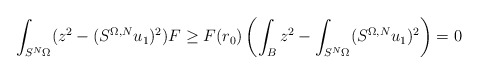
\begin{align*}\int_{S^N \Omega} (z^2 - (S^{\Omega, N} u_1)^2) F &\geq F(r_0) \left( \int_B z^2 - \int_{S^N \Omega} (S^{\Omega, N} u_1)^2 \right) = 0\end{align*}